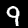
Label: 9